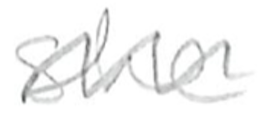
Text: she
Cross-out: wave
Writing tool: pencil